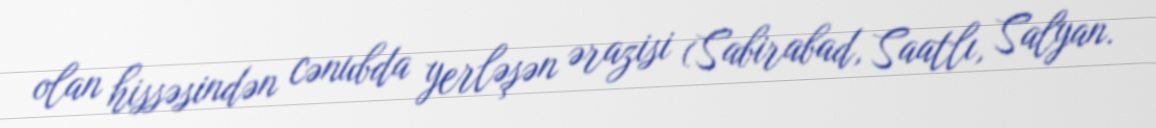
olan hissəsindən cənubda yerləşən ərazisi (Sabirabad, Saatlı, Salyan.